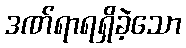
ဒဏ်ရာရရှိခဲ့သော